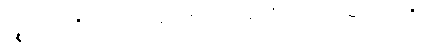
ပဉ္စ၊ ငါးပါးတို့သည်။ ကတမေ၊ အဘယ်သည်တို့တည်း။ အသပ္ပါယကာရီ၊